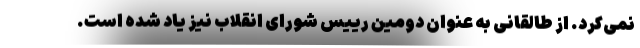
نمی‌کرد. از طالقانی به عنوان دومین رییس شورای انقلاب نیز یاد شده است.